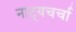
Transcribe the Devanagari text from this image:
नाट्यचर्चा